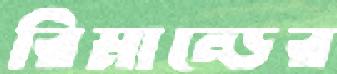
রিমান্ডের